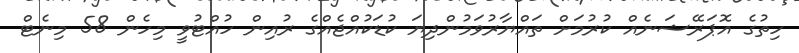
ހިތުގެ އޮޕަރޭޝަނެއް ކުރުމަށް ތައްޔާރުވަމުންދިޔަ ކުޑަކުއްޖެއްގެ ރުއިން ހުއްޓުވީ މިހެން 58 މިނެޓް